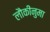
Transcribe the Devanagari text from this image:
लौकीनुमा